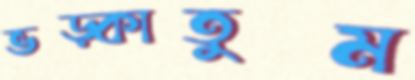
ভড়্‌কাতুম